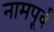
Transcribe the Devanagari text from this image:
नामपूर्व